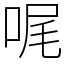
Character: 𠳿